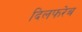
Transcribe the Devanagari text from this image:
दिलफरेब